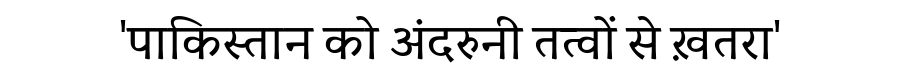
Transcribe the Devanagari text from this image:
'पाकिस्तान को अंदरुनी तत्वों से ख़तरा'